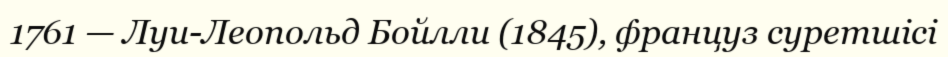
1761 — Луи-Леопольд Бойлли (1845), француз суретшісі